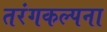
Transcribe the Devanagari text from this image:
तरंगकल्पना